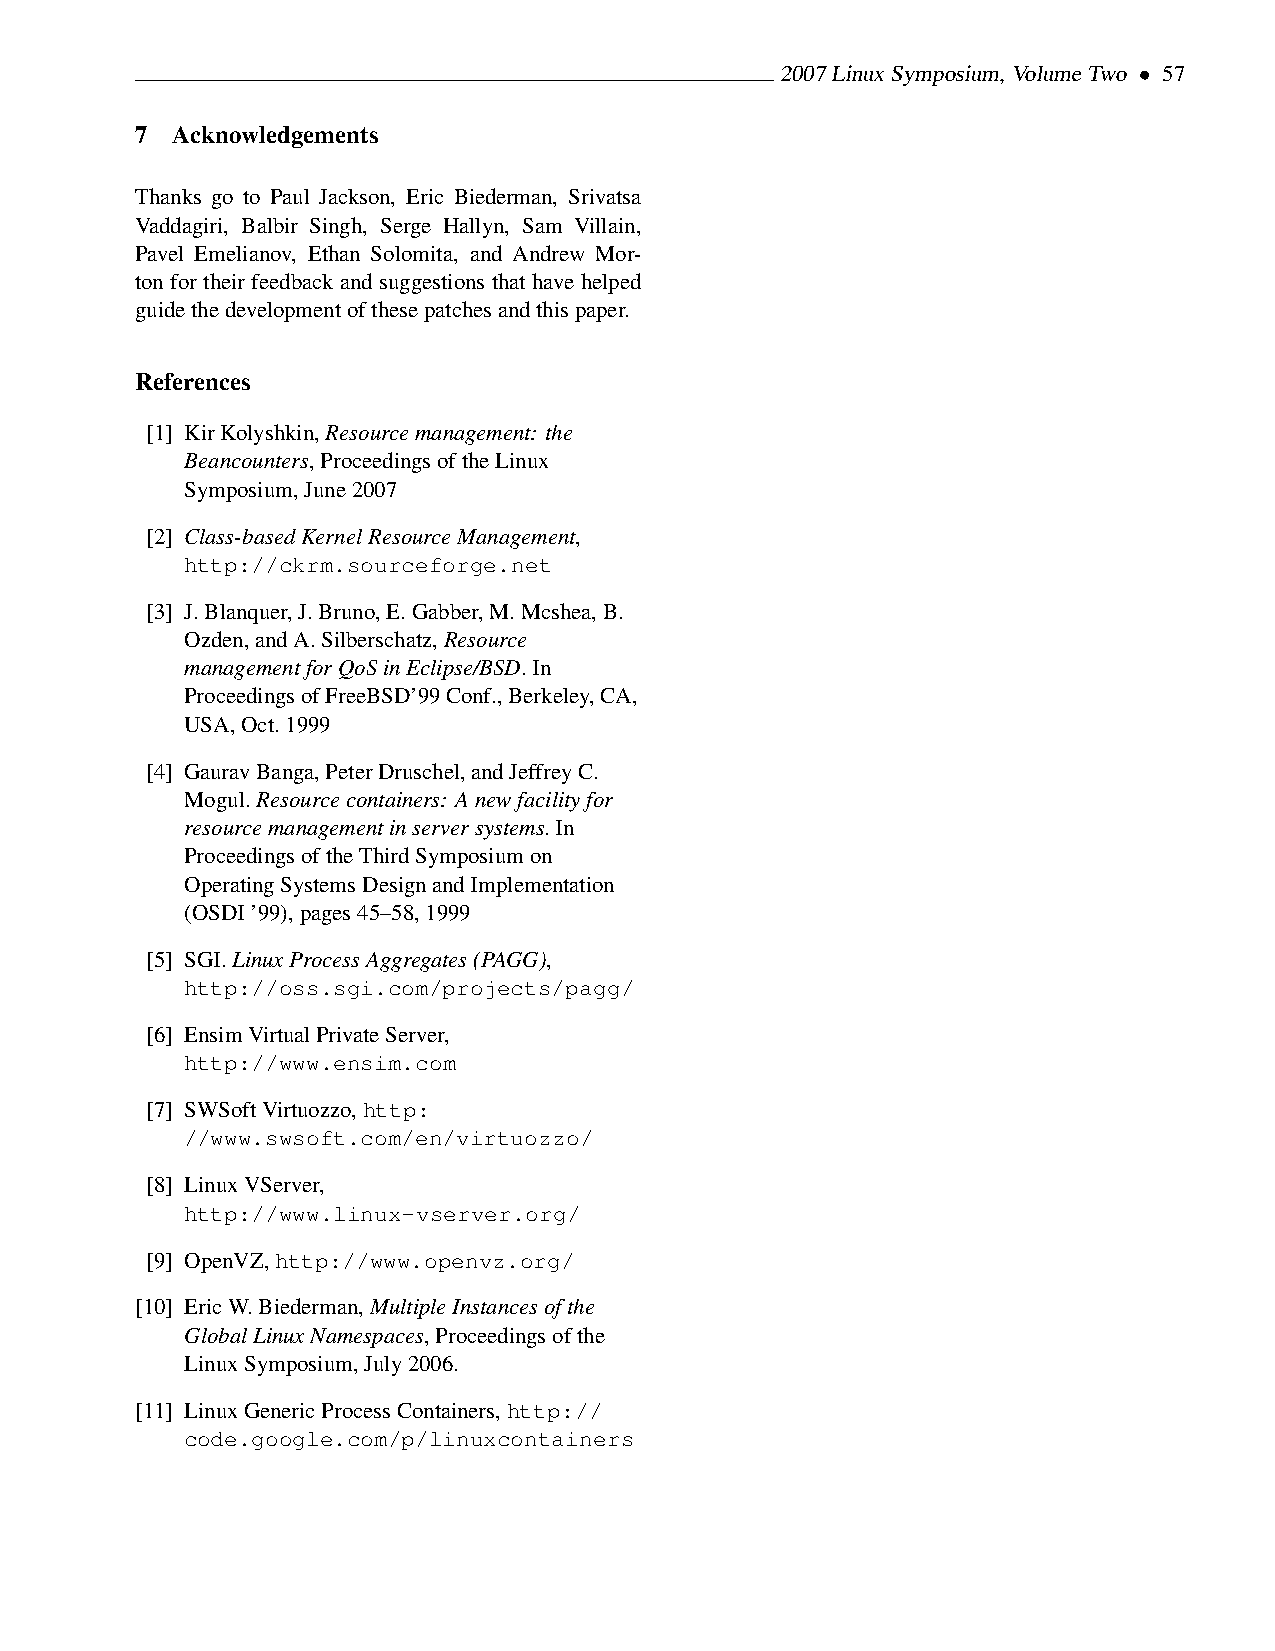
2007LinuxSymposium,VolumeTwo • 57
 7 Acknowledgements
 Thanks go to Paul Jackson, Eric Biederman, Srivatsa
 Vaddagiri, Balbir Singh, Serge Hallyn, Sam Villain,
 Pavel Emelianov, Ethan Solomita, and Andrew Mor-
 ton for their feedback and suggestions that have helped
 guidethedevelopmentofthesepatchesandthispaper.
 References
 [1] KirKolyshkin,Resourcemanagement: the
 Beancounters,ProceedingsoftheLinux
 Symposium,June2007
 [2] Class-basedKernelResourceManagement,
 http://ckrm.sourceforge.net
 [3] J.Blanquer,J.Bruno,E.Gabber,M.Mcshea,B.
 Ozden,andA.Silberschatz,Resource
 managementforQoSinEclipse/BSD.In
 ProceedingsofFreeBSD’99Conf.,Berkeley,CA,
 USA,Oct.1999
 [4] GauravBanga,PeterDruschel,andJeffreyC.
 Mogul.Resourcecontainers: Anewfacilityfor
 resourcemanagementinserversystems.In
 ProceedingsoftheThirdSymposiumon
 OperatingSystemsDesignandImplementation
 (OSDI’99),pages45–58,1999
 [5] SGI.LinuxProcessAggregates(PAGG),
 http://oss.sgi.com/projects/pagg/
 [6] EnsimVirtualPrivateServer,
 http://www.ensim.com
 [7] SWSoftVirtuozzo,http:
 //www.swsoft.com/en/virtuozzo/
 [8] LinuxVServer,
 http://www.linux-vserver.org/
 [9] OpenVZ,http://www.openvz.org/
 [10] EricW.Biederman,MultipleInstancesofthe
 GlobalLinuxNamespaces,Proceedingsofthe
 LinuxSymposium,July2006.
 [11] LinuxGenericProcessContainers,http://
 code.google.com/p/linuxcontainers